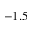
- 1 . 5